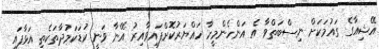
އޭޝިއާގެ ގައުމަކަށް ނިސްބަތްވާ އެ އަންހެންމީހާ ހައްޔަރުކޮށްފައިވާއިރު އޭނާ ވަނީ ކުޑަކަމުދާތަކެތި އަޅާފައި